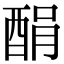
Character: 䣺